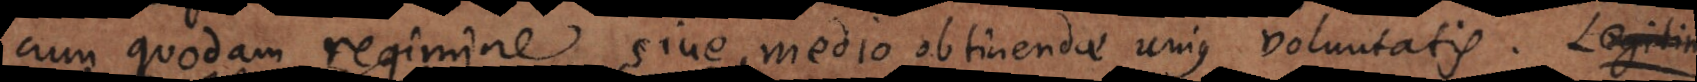
cum quodam regimine sive medio obtinendae unius voluntatis.